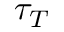
\tau _ { T }